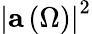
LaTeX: \left\vert\mathbf{a}\left(\Omega\right)\right\vert^{2}